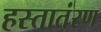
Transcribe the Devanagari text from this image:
हस्तातंरण